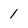
Character: 1